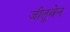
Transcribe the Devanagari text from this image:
जीतूबेन